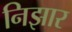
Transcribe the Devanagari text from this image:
निझार